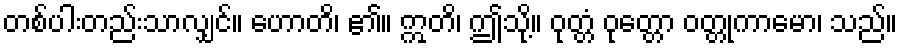
တစ်ပါးတည်းသာလျှင်။ ဟောတိ၊ ၏။ ဣတိ၊ ဤသို့။ ဝုတ္တံ ဝုတ္တော ဝတ္တုကာမော၊ သည်။